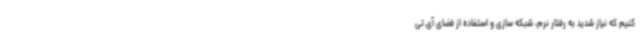
کنیم که نیاز شدید به رفتار نرم، شبکه سازی و استفاده از فضای آی.تی